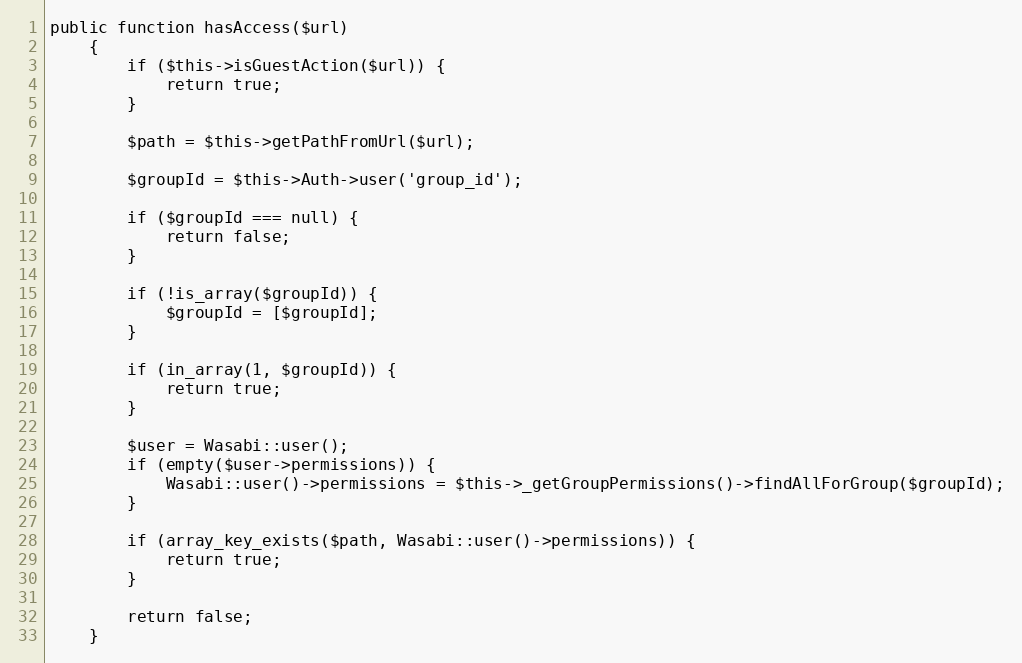
Language: PHP
public function hasAccess($url)
    {
        if ($this->isGuestAction($url)) {
            return true;
        }

        $path = $this->getPathFromUrl($url);

        $groupId = $this->Auth->user('group_id');

        if ($groupId === null) {
            return false;
        }

        if (!is_array($groupId)) {
            $groupId = [$groupId];
        }

        if (in_array(1, $groupId)) {
            return true;
        }

        $user = Wasabi::user();
        if (empty($user->permissions)) {
            Wasabi::user()->permissions = $this->_getGroupPermissions()->findAllForGroup($groupId);
        }

        if (array_key_exists($path, Wasabi::user()->permissions)) {
            return true;
        }

        return false;
    }